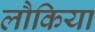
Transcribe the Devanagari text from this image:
लौकिया